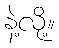
နဲ့လို့။